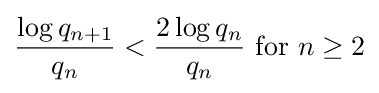
{\frac {\log {q_{n+1}}}{q_{n}}}<{\frac {2\log {q_{n}}}{q_{n}}}{\text{ for }}n\geq 2